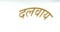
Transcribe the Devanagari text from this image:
दलवाय